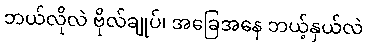
ဘယ်လိုလဲ ဗိုလ်ချုပ်၊ အခြေအနေ ဘယ့်နှယ်လဲ